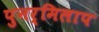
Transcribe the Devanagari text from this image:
पुनर्मिलाप